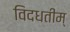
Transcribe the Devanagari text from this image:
विदधतीम्